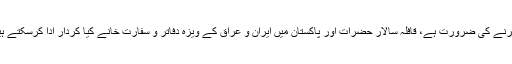
حکومت کو کیا کرنا چاہیئے، ہمارے بزرگان و قائدین کو کیا کرنے کی ضرورت ہے، قافلہ سالار حضرات اور پاکستان میں ایران و عراق کے ویزہ دفاتر و سفارت خانے کیا کردار ادا کرسکتے ہیں، یہ سب اس مضمون کے دوسرے حصہ میں بیان کریں گے۔